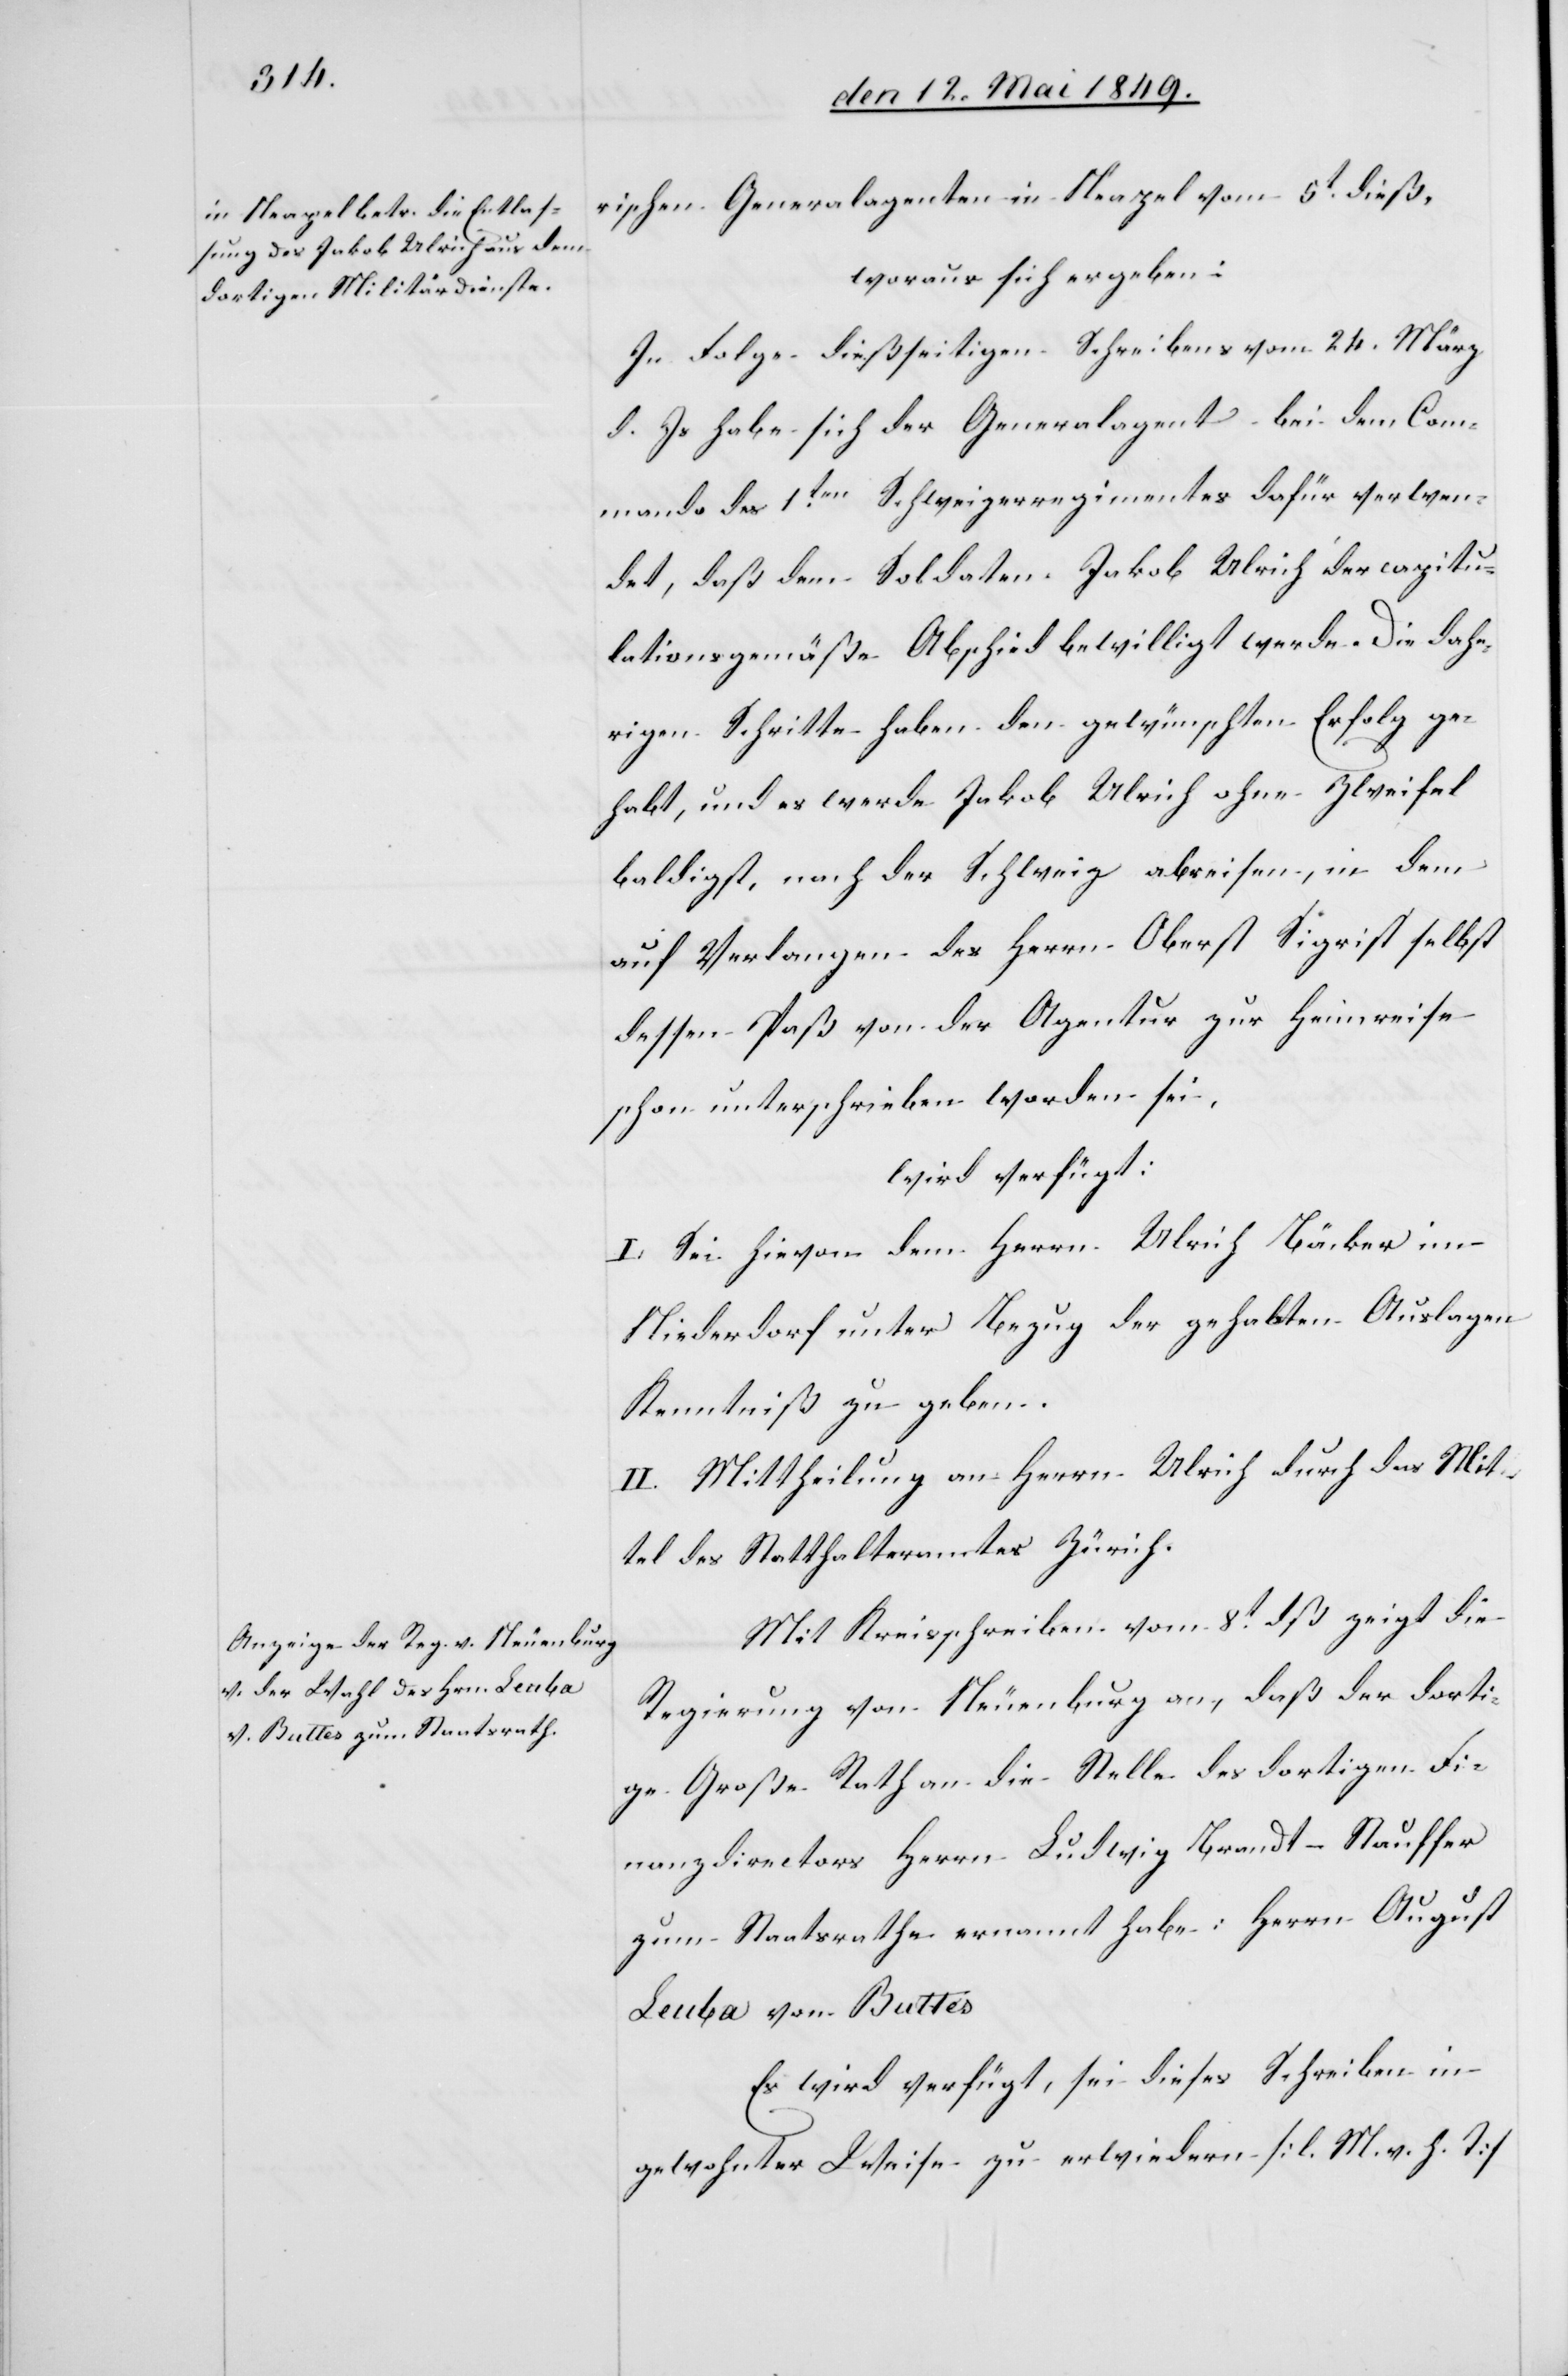
den 18 Mai 1849.]
rischen Generalagenten in Neapel vom 5t dieß,
woraus sich ergeben:
In Folge dießseitigen Schreibens vom 24. März
d. Js. habe sich der Generalagent bei dem Com¬
mando des 1ten Schweizerregimentes dafür verwen¬
det, daß dem Soldaten Jakob Ulrich der capitu¬
lationsgemäße Abschied bewilligt werde. Die dahe¬
rigen Schritte haben den gewünschten Erfolg ge¬
habt, und es werde Jakob Ulrich ohne Zweifel
baldigst, nach der Schweiz abreisen, in dem
auf Verlangen des Herrn Oberst Sigrist selbst
dessen Paß von der Agentur zur Heimreise
schon unterschrieben worden sei.
wird verfügt:
I. Sei hievon dem Herrn Ulrich Bäcker im
Niederdorf unter Bezug der gehabten Auslagen
Kenntniß zu geben.
II. Mittheilung an Herrn Ulrich durch das Mit¬
tel des Statthalteramtes Zürich.
Mit Kreisschreiben vom 8t dß zeigt die
Regierung von Neuenburg an, daß der dorti¬
ge Große Rathe die Stelle des dortigen Fi¬
nanzdirectors Herrn Ludwig Brandt-Stauffer
zum Staatsrathe ernannt habe: Herrn August
Leuba von Buttes
Es wird verfügt, sei dieses Schreiben in
gewohnter Weise zu erwiedern [l. M. h. T][.]